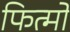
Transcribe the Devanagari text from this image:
फित्मों